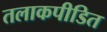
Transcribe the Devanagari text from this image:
तलाकपीडित